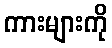
ကားများကို